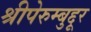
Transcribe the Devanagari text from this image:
श्रीपेरुम्बुद्दूर